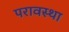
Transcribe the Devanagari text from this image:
परावस्था